Civil Veterinary Department. Madras. Admin. report 1910-25 - 1910-1925
Year: 1910
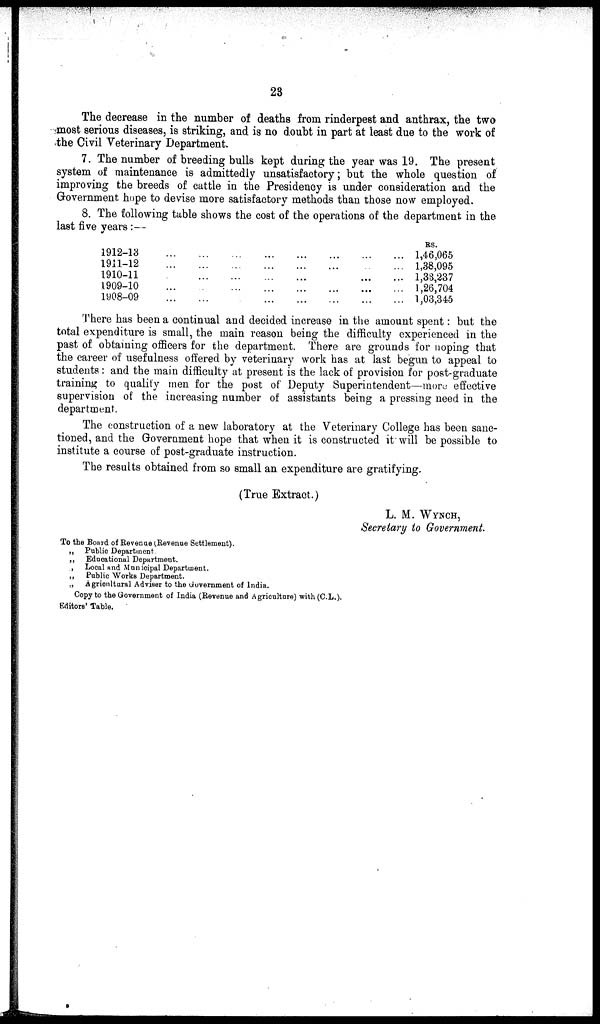
23
The decrease in the number of deaths from rinderpest and anthrax, the two
most serious diseases, is striking, and is no doubt in part at least due to the work of
the Civil Veterinary Department.
7. The number of breeding bulls kept during the year was 19. The present
system of maintenance is admittedly unsatisfactory; but the whole question of
improving the breeds of cattle in the Presidency is under consideration and the
Government hope to devise more satisfactory methods than those now employed.
8. The following table shows the cost of the operations of the department in the
last five years :—
1912-13 ... ... ... ... ... ... ... ...
1911-12 ... ... ... ... ... ... ... ...
1910-11 ... ... ... ... ... ... ... ...
1909-10 ... ... ... ... ... ... ... ...
1908-09 ... ... ... ... ... ... ... ...
RS.
1,46,065
1,38,095
1,33,237
1,26,704
1,03,345
There has been a continual and decided increase in the amount spent: but the
total expenditure is small, the main reason being the difficulty experienced in the
past of obtaining officers for the department. There are grounds for hoping that
the career of usefulness offered by veterinary work has at last begun to appeal to
students: and the main difficulty at present is the lack of provision for post-graduate
training to qualify men for the post of Deputy Superintendent—more effective
supervision of the increasing number of assistants being a pressing need in the
department.
The construction of a new laboratory at the Veterinary College has been sanc-
tioned, and the Government hope that when it is constructed it will be possible to
institute a course of post-graduate instruction.
The results obtained from so small an expenditure are gratifying.
(True Extract.)
L. M. WYNCH,
Secretary to Government.
To the Board of Revenue (Revenue Settlement).
„
Public Department.
„
Educational Department.
„
Local and Municipal Department.
„
Public Works Department.
„
Agricultural Adviser to the Government of India.
Copy to the Government of India (Revenue and Agriculture) with (C.L.).
Editors' Table.